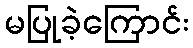
မပြုခဲ့ကြောင်း